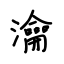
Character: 瀹